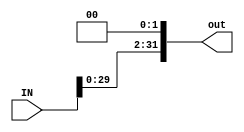
module shl2_32b(input [31:0] IN,output [31:0] out);
    assign out = IN << 2;
endmodule